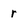
Character: r